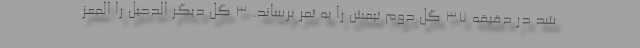
شد در دقیقه 37 گل دوم تیمش را به ثمر برساند. 3 گل دیگر الدحیل را المعز